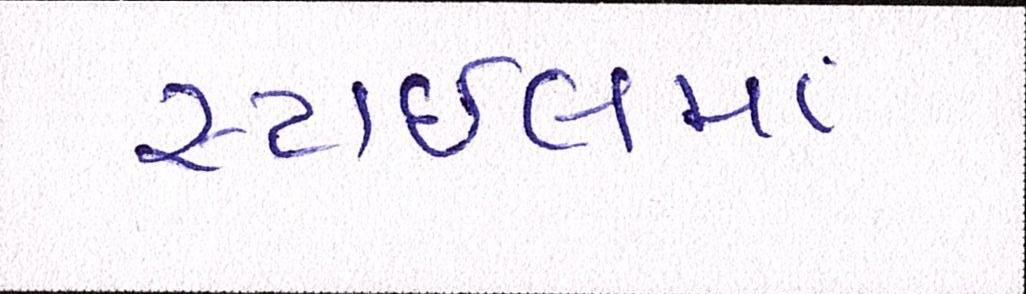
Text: સ્ટાઈલમાં